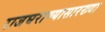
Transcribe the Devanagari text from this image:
राजघराण्यासारख्या